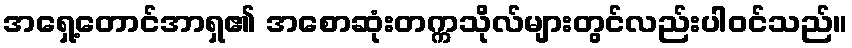
အရှေ့တောင်အာရှ၏ အစောဆုံးတက္ကသိုလ်များတွင်လည်းပါဝင်သည်။